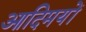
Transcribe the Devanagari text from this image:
आदिमयों